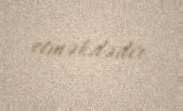
etməkdədir.